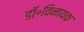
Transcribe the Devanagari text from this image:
डॉ॰विनायक